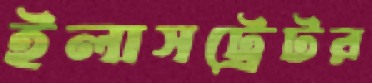
ইলাসট্রেটর